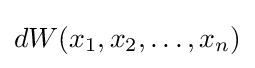
dW(x_{1},x_{2},\ldots ,x_{n})